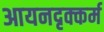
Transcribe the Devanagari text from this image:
आयनदृक्कर्म